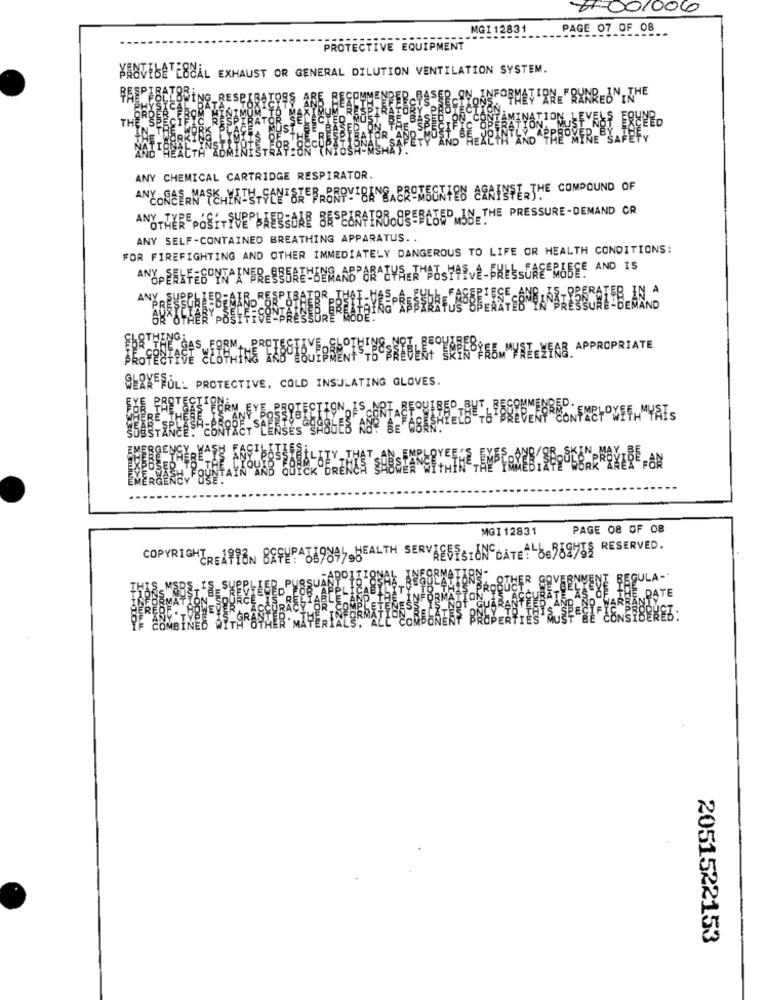
#F001006
MG1 12831
PAGE 07 OF 08
PROTECTIVE EQUIPMENT
KANVEBE LOCAL EXHAUST OR GENERAL DILUTION VENTILATION SYSTEM.
FORMET ANERANREJN THE
AND
ANY CHEMICAL CARTRIDGE RESPIRATOR.
ANY-LEREPOSITSUEPLAERSOAR BASEARAIRBOSSEBLOSDMJU THE PRESSURE-DEMAND CR
ANY SELF-CONTAINED BREATHING APPARATUS ..
FOR FIREFIGHTING AND OTHER IMMEDIATELY DANGEROUS TO LIFE OR HEALTH CONDITIONS:
ANY
APPROPRIATE
SERKEFULL PROTECTIVE, COLD INSULATING GLOVES.
KEREK
MGI 12831
PAGE 08 OF 08
COPYRIGHTREASON 8SFERA698SHEALTH SERVAESESION DATE# 86559%IS RESERVED.
THER SOVEENYENE REGULA-
ERATE
2051522153